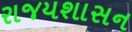
રાજયશાસન